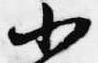
小